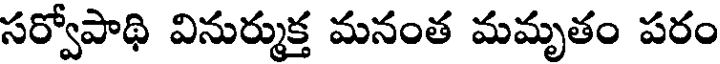
సర్వోపాథి వినుర్ముక్త మనంత మమృతం పరం